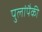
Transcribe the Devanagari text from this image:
पुलांपैकी